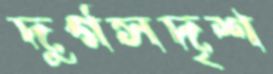
দুর্গসদৃশ